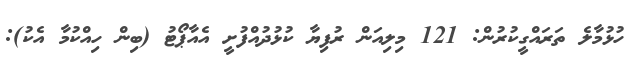
ހުޅުމާލެ ތަރައްގީކުރުން: 121 މިލިއަން ރުފިޔާ ކުޅުދުއްފުށީ އެއާޕޯޓު (ބިން ހިއްކުމާ އެކު):